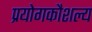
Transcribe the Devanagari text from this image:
प्रयोगकौशल्य